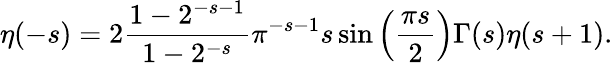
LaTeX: \eta(-s)=2{\frac{1-2^{-s-1}}{1-2^{-s}}}\pi^{-s-1}s\sin\left({\frac{\pi s}{2}}\right)\Gamma(s)\eta(s+1).